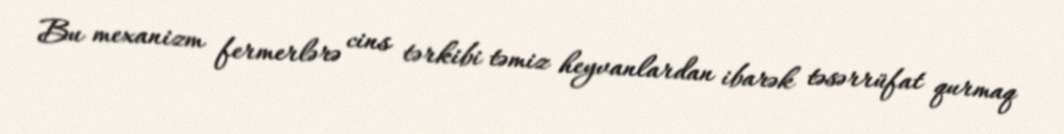
Bu mexanizm fermerlərə cins tərkibi təmiz heyvanlardan ibarək təsərrüfat qurmaq